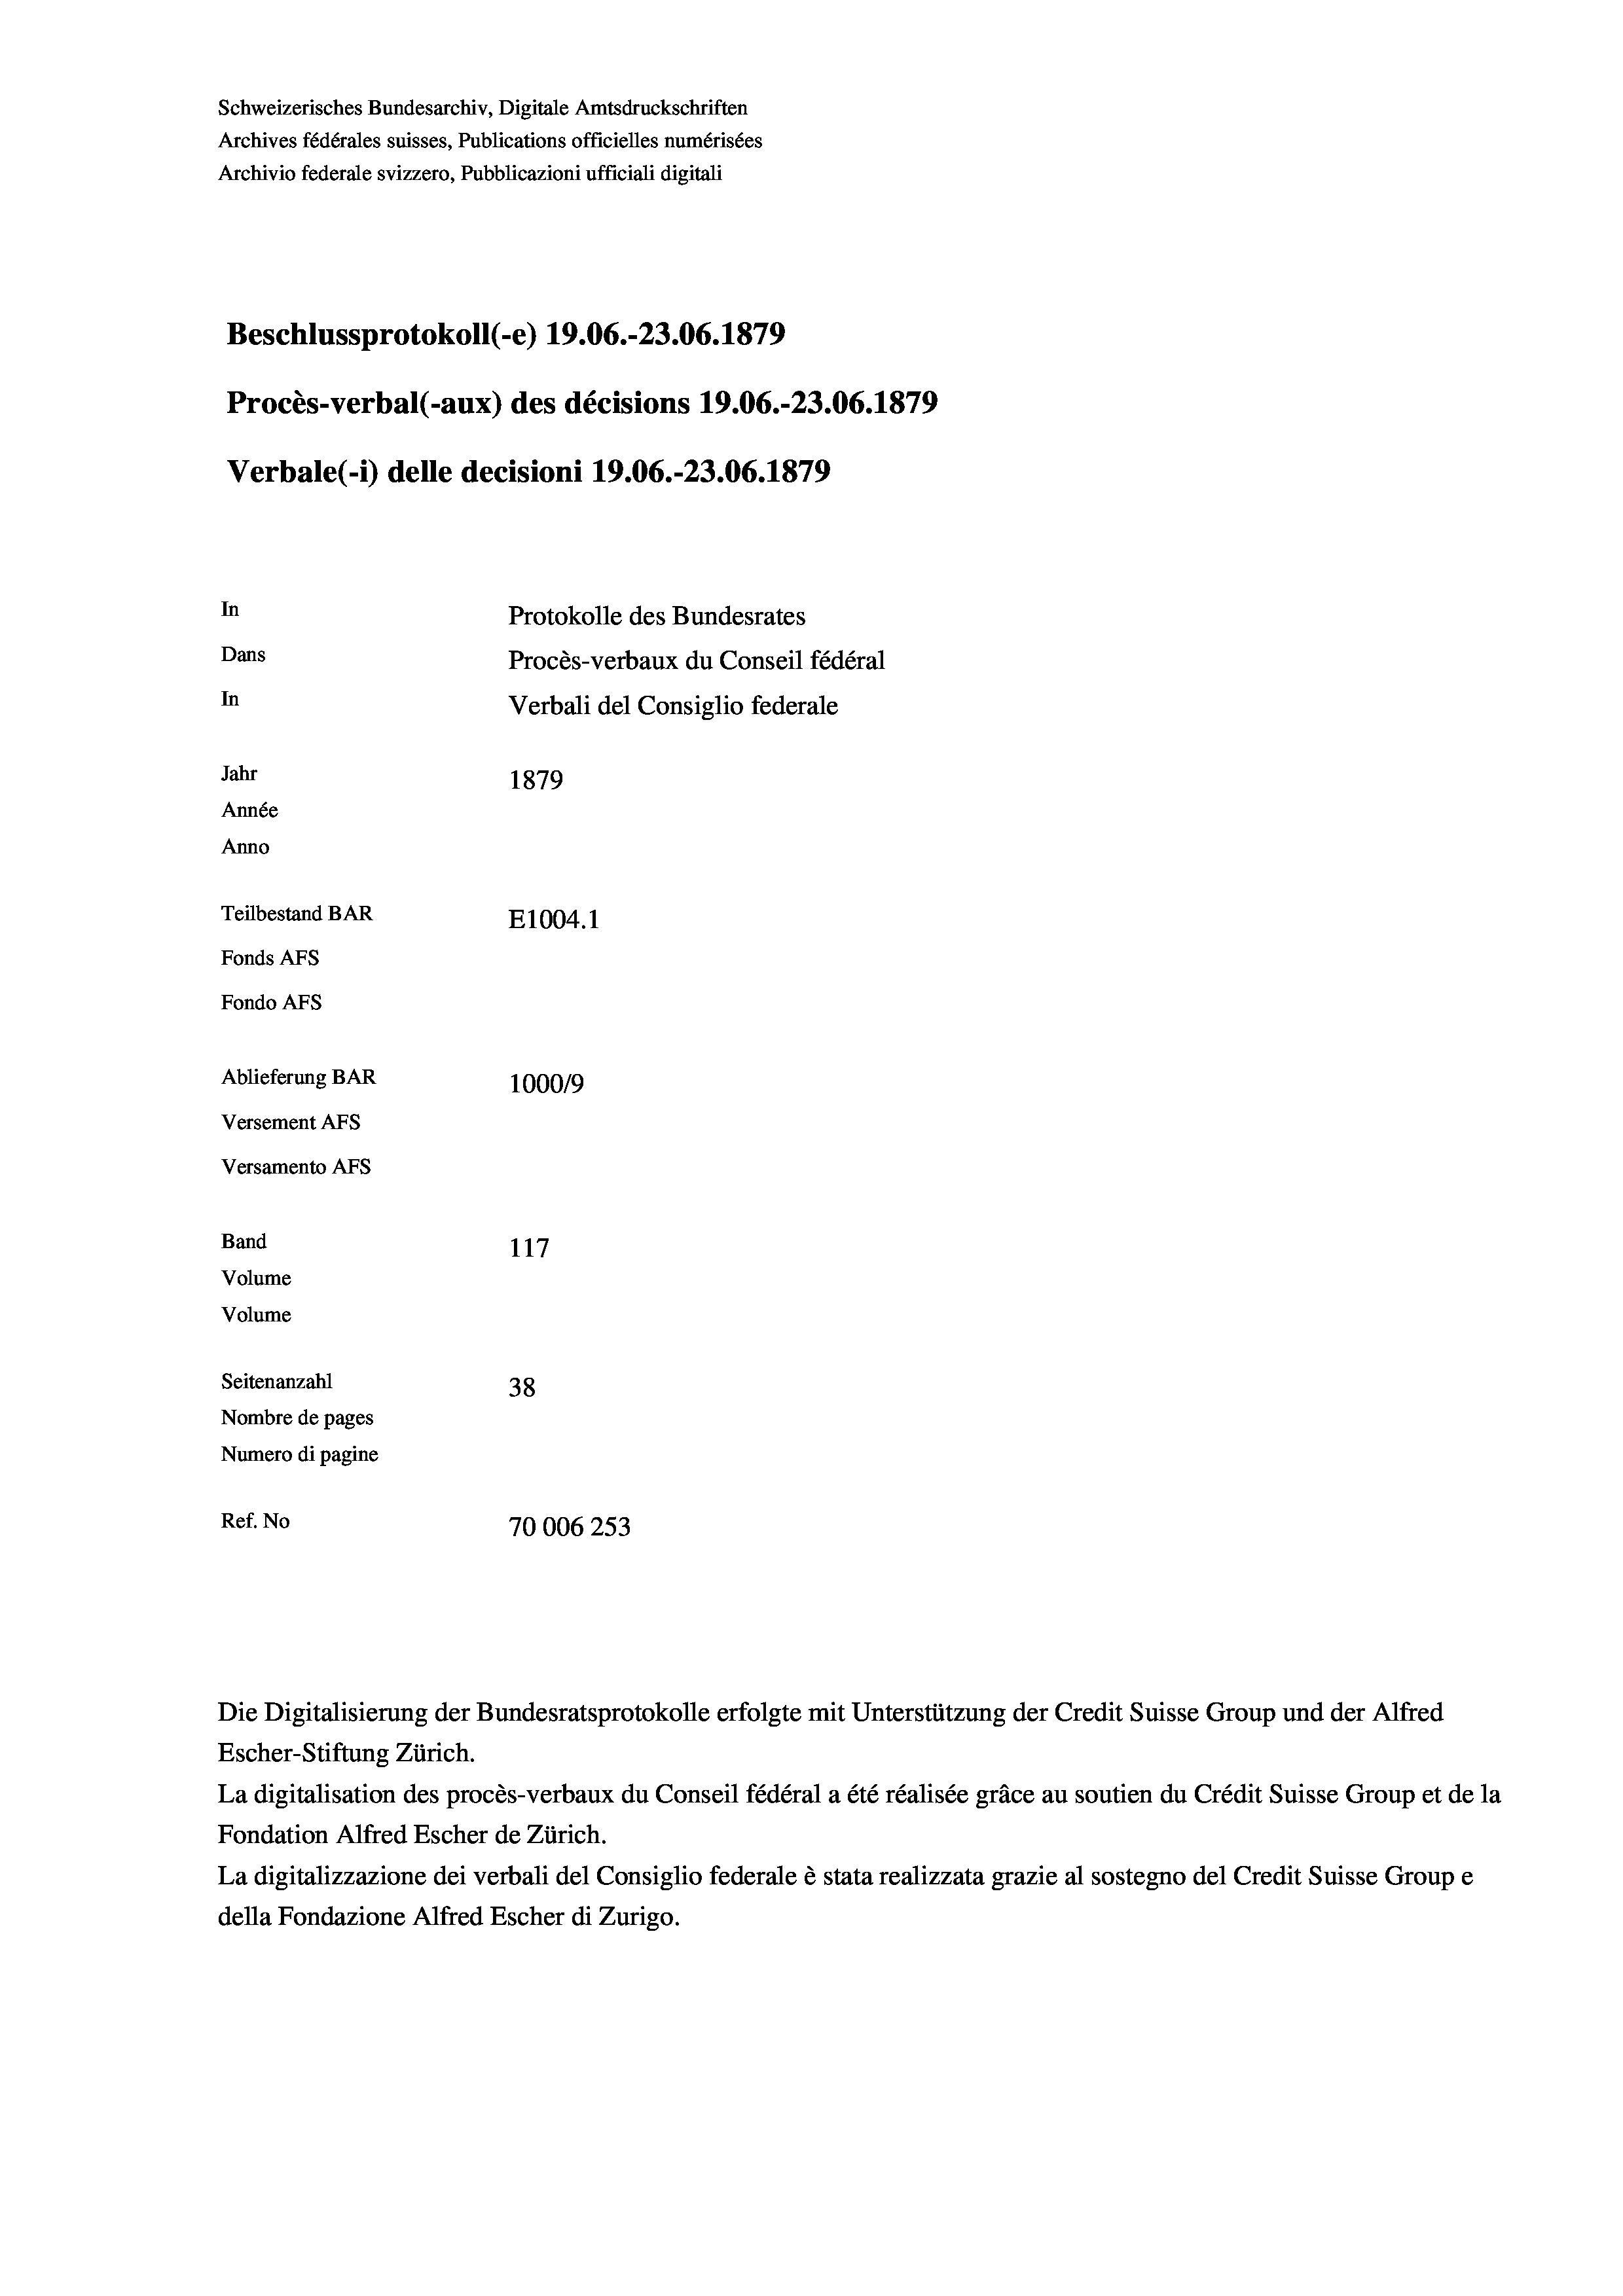
Schweizerisches Bundesarchiv, Digitale Amtsdruckschriften
Archives fédérales suisses, Publications officielles numérisées
Archivio federale svizzero, Pubblicazioni ufficiali digitali
Beschlussprotokoll (-e) 19.06.-23.06. 1879
Procès-verbal (-aux) des décisions 19.06.-23.06. 1879
Verbale (- 1) delle decisioni 19.06.-23.06. 1879
In
Protokolle des Bundesrates
Dans
Procès-verbaux du Conseil fédéral
In
Verbali del Consiglio federale
Jahr
1879
Année
Anno
Teilbestand BAR
E1004.1
Fonds AFs
Fondo AFS
Ablieferung BAR
100019
Versement AFs
Versamento AFs
Band
117
Volume
Volume

Seitenanzahl
38
Nombre de pages
Numero di pagine
Ref. No
70006253

Escher-Stiftung Zürich.
La digitalisation des procès-verbaux du Conseil fédéral a été réalisée gräce au soutien du Crédit Suisse Group et de la
Fondation Alfred Escher de Zürich.
La digitalizzazione dei verbali del Consiglio federale è stata realizzata grazie al sostegno del Credit Suisse Groupe
della Fondazione Alfred Escher di Zurigo.

Die Digitalisierung der Bundesratsprotokolle erfolgte mit Unterstützung der Credit Suisse Group und der Alfred